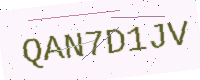
Text: QAN7D1JV